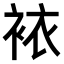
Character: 𧙿